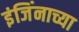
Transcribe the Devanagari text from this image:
इंजिंनाच्या